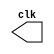
// ---------------------------
// -- Guia 09 - Exercicio 01
// ---------------------------

//-- Bruno Csar Lopes Silva - 415985

//----------------------------
//---------Clock--------------
//----------------------------
module clock ( clk );
 output clk;
 reg    clk;

 initial
  begin
   clk = 1'b0;
  end

 always
  begin
   #6 clk = ~clk;
  end
endmodule

//----------------------------
//---------Pulso--------------
//----------------------------
module pulse ( signal, clock );
 input  clock;
 output signal;
 reg    signal;

 always @ ( clock )
  begin
        signal = 1'b0;
  #3   signal = 1'b1;
  #3   signal = 1'b0;
    
  
  end
endmodule // pulse

//----------------------------
//---------Teste--------------
//----------------------------
module testpulse;

 wire  clock;
 clock clk ( clock );
 wire  p1;

 pulse   pulse1   ( p1, clock );

 initial begin
  $dumpfile ( "exercicio01.vcd" );
  $dumpvars (1, clock, p1);
   #480 $finish;

 end

endmodule //exercicio01